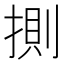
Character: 𢯩